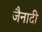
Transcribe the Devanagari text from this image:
जैनादी